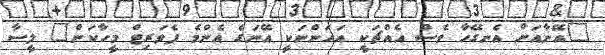
"އޭނާއަށް އެނގޭހާ ވެސް އެއްޗަކީ އަހަންނަކީ އޭނަގެ އެންމެ ފެވަރިޓް މީހާކަން" ލީސާ